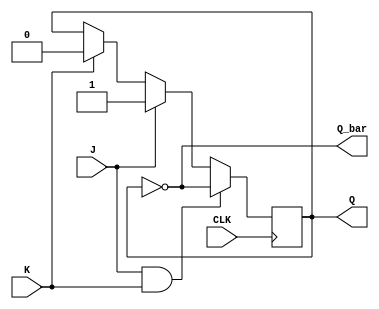
module JK_flipflop (
    input J, // input J
    input K, // input K
    input CLK, // clock input
    output reg Q, // output Q
    output reg Q_bar // complement output Q_bar
);

reg Q_next; // next state of Q

always @(posedge CLK) begin
    if (J && K) // Toggle state
        Q_next <= ~Q;
    else if (J) // Set state
        Q_next <= 1;
    else if (K) // Reset state
        Q_next <= 0;
    else // No change
        Q_next <= Q;
end

assign Q = Q_next;
assign Q_bar = ~Q;

endmodule